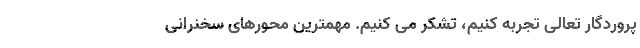
پروردگار تعالی تجربه کنیم، تشکر می کنیم. مهمترین محورهای سخنرانی